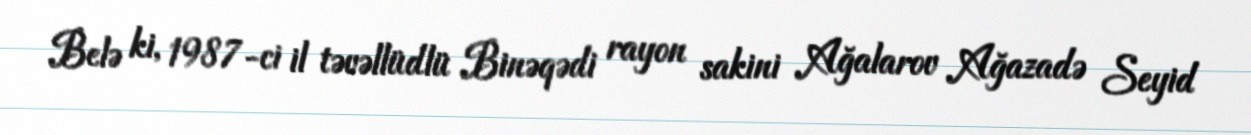
Belə ki, 1987-ci il təvəllüdlü Binəqədi rayon sakini Ağalarov Ağazadə Seyid